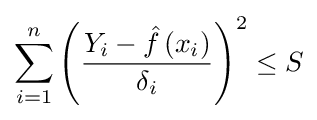
\sum _{i=1}^{n}\left({\frac {Y_{i}-{\hat {f}}\left(x_{i}\right)}{\delta _{i}}}\right)^{2}\leq S